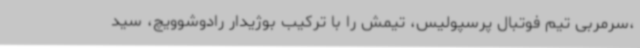
،سرمربی تیم فوتبال پرسپولیس، تیمش را با ترکیب بوژیدار رادوشوویچ، سید